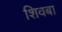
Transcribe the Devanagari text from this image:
शिवबा